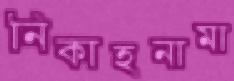
নিকাহনামা